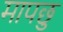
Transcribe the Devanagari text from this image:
मापछु